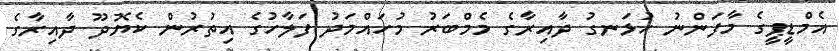
އެމްޑީޕީގެ މާފަންނު ހުޅަނގު ދާއިރާގެ މެމްބަރު މުހައްމަދު ފަލާހުގެ އިތުރުން ކެޔޮދޫ ދާއިރާގެ